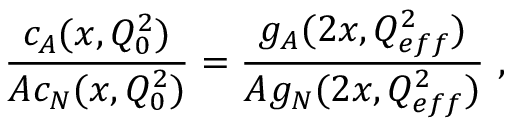
\frac { c _ { A } ( x , Q _ { 0 } ^ { 2 } ) } { A c _ { N } ( x , Q _ { 0 } ^ { 2 } ) } = \frac { g _ { A } ( 2 x , Q _ { e f f } ^ { 2 } ) } { A g _ { N } ( 2 x , Q _ { e f f } ^ { 2 } ) } \ ,